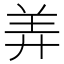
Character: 𬙬